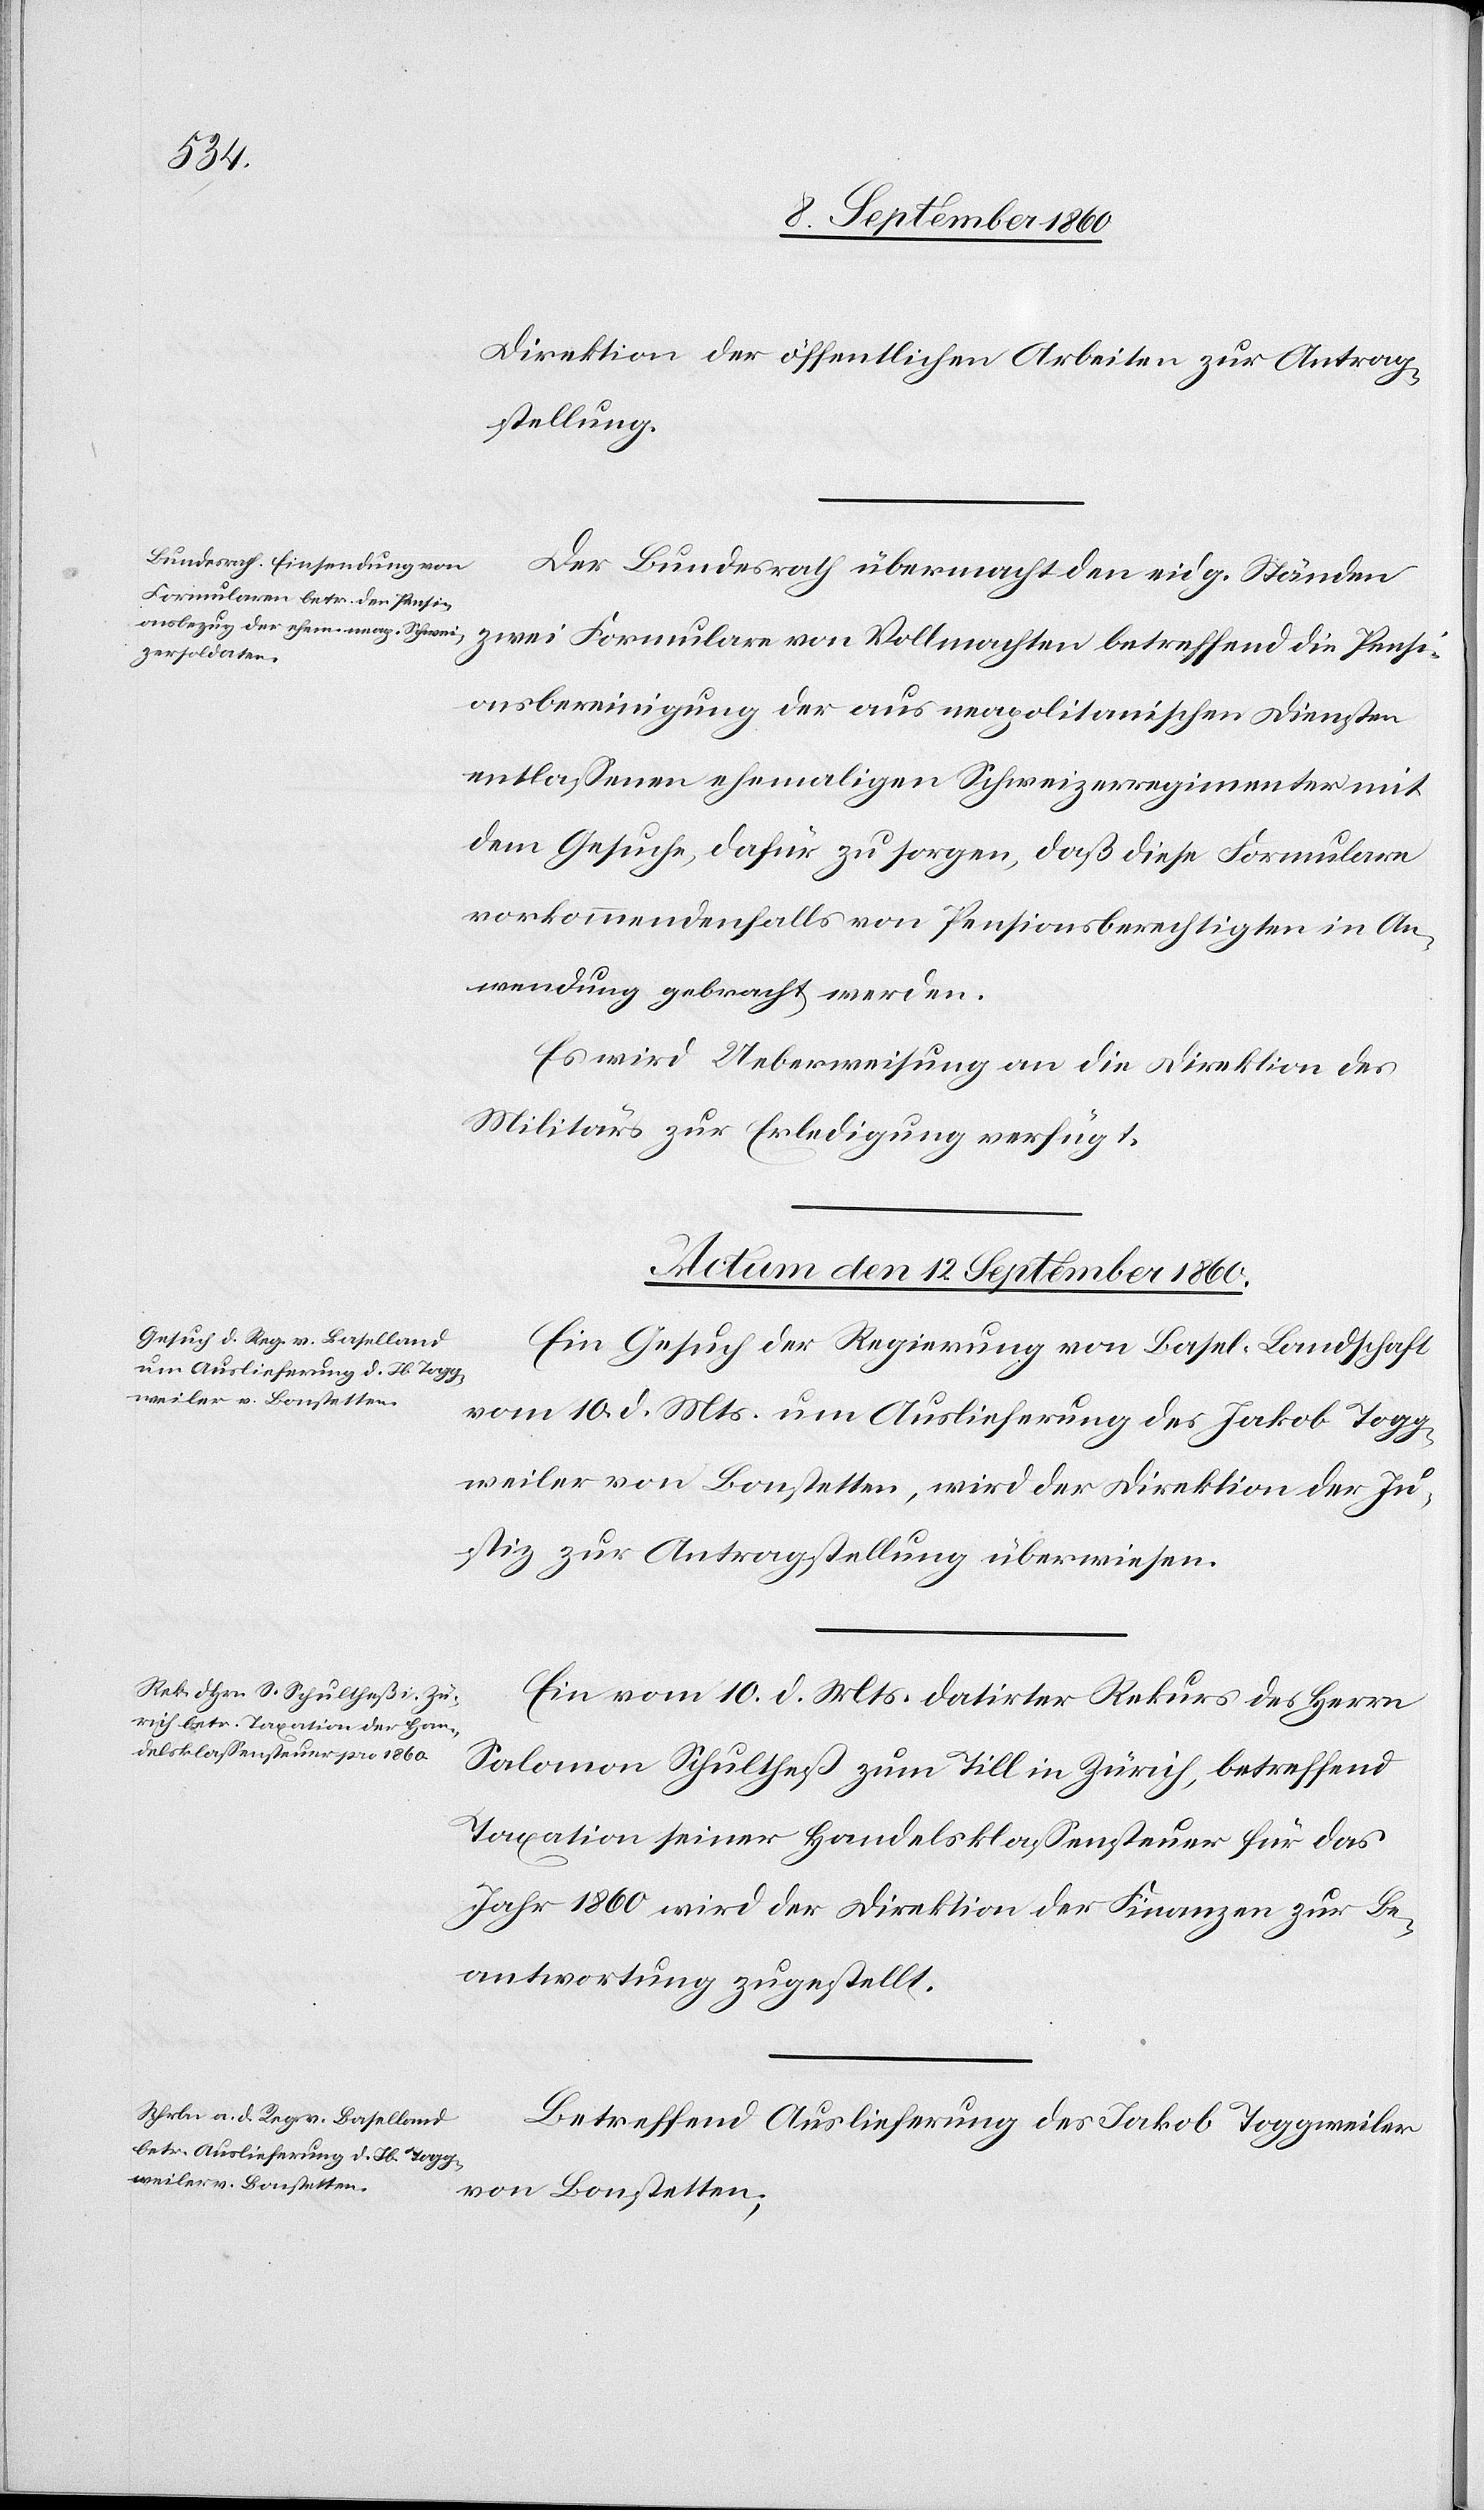
Direktion der öffentlichen Arbeiten zur Antrag¬
stellung.
Der Bundesrath übermacht den eidg. Ständen
zwei Formulare von Vollmachten betreffend die Pensi¬
onsbereinigung der aus neapolitanischen Diensten
entlassenen ehemaligen Schweizerregimenter, mit
dem Gesuche, dafür zu sorgen, dass diese Formulare
vorkommendenfalls von Pensionsberechtigten in An¬
wendung gebracht werden.
Es wird Ueberweisung an die Direktion des
Militärs zur Erledigung verfügt.
Actum den 12. September 1860.]
Ein Gesuch der Regierung von Basel-Landschaft
vom 10. d. Mts. um Auslieferung des Jakob Toggen¬
weiler von Bonstetten wird der Direktion der Ju¬
stiz zur Antragstellung überwiesen.
Ein vom 10. d. Mts. datirter Rekurs des Herrn
Salomon Schulthess zum Till in Zürich betreffend
Taxation seiner Handelsklassensteuer für das
Jahr 1860 wird der Direktion der Finanzen zur Be¬
antwortung zugestellt.
Betreffend Auslieferung des Jakob Toggweiler
von Bonstetten,